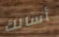
أسالك